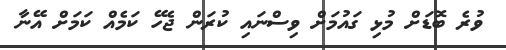
ވުރެ ބޮޑަށް މުޅި ގައުމަށް ވިސްނައި ކުރަން ޖެހޭ ކަމެއް ކަމަށް އޭނާ